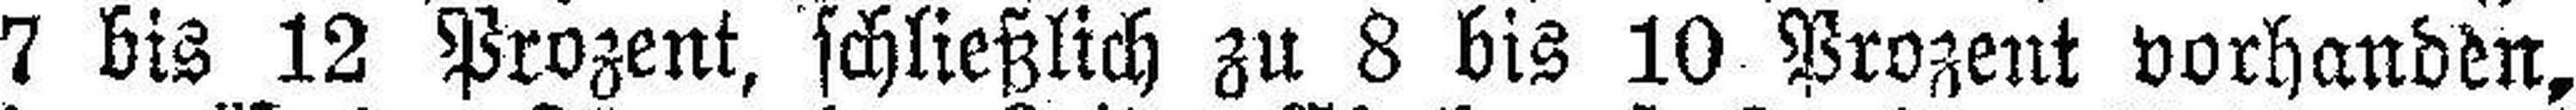
7 bis 12 Prozent, schließlich zu 8 bis 10 Prozent vorhanden,